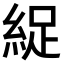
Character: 𫃥